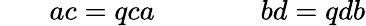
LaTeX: \ \ \ \ \ \ \ ac=qca\ \ \ \ \ \ \ \ \ \ \ \ \ \ \ bd=qdb